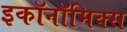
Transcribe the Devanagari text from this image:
इकॉनॉमिक्‍स